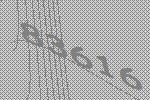
83616